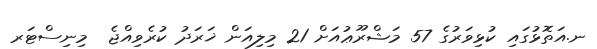
ނ.އަތޮޅުގައި ކުޅިވަރުގެ 57 މަޝްރޫޢުއަށް 21 މިލިއަން ޚަރަދު ކުރެވިއްޖެ  މިނިސްޓަރ